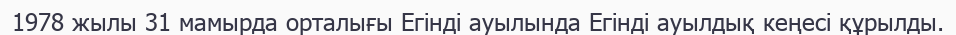
1978 жылы 31 мамырда орталығы Егінді ауылында Егінді ауылдық кеңесі құрылды.